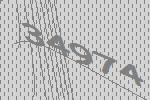
34974